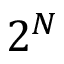
2 ^ { N }